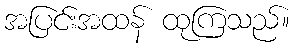
အပြင်းအထန် ထုကြသည်။